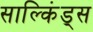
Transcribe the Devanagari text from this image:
साल्किंड्स